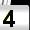
Digit: 4